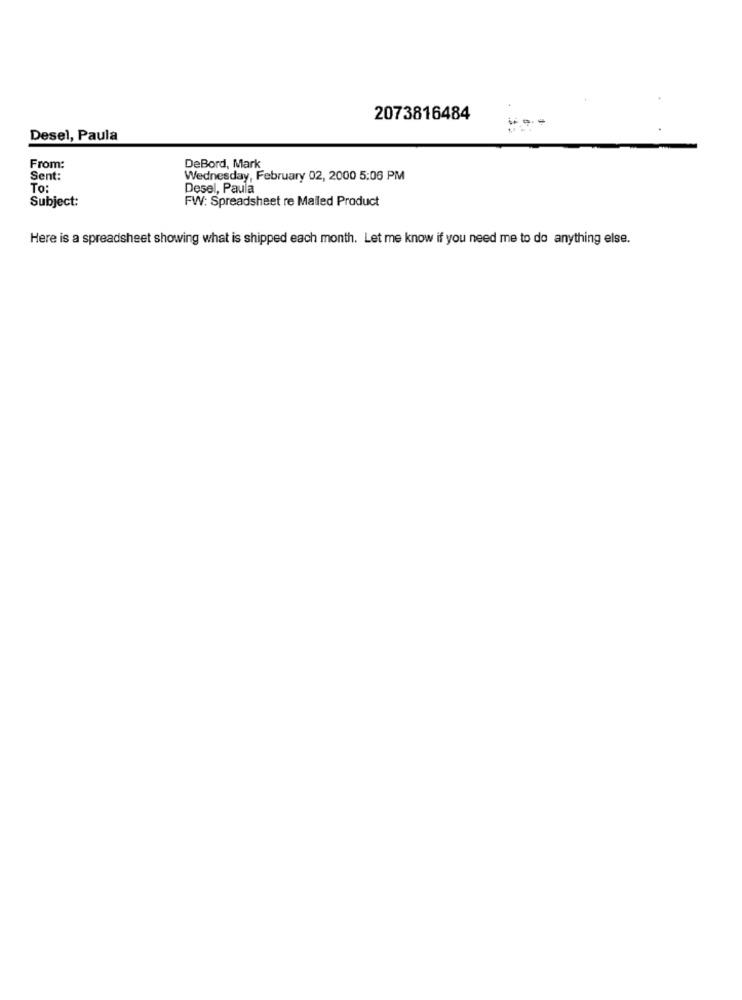
2073816484
Desel, Paula
From:
DeBord, Mark
Sent:
Wednesday, February 02, 2000 5:06 PM
To:
Desel, Paula
Subject:
FW: Spreadsheet re Mailed Product
Here is a spreadsheet showing what is shipped each month. Let me know if you need me to do anything else.